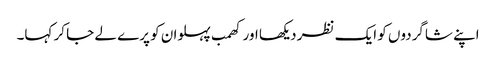
اپنے شاگردوں کو ایک نظر دیکھا اور کھمب پہلوان کو پرے لے جا کر کہا۔